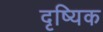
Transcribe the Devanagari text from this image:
दृष्यिक